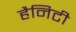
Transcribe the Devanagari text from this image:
हैनिटी